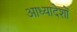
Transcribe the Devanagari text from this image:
आध्यादेशों